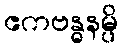
ဧကဗန္ဓနမ္ပိ